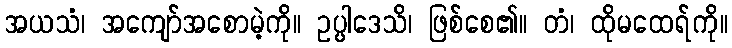
အယသံ၊ အကျော်အစောမဲ့ကို။ ဥပ္ပါဒေသိ၊ ဖြစ်စေ၏။ တံ၊ ထိုမထေရ်ကို။